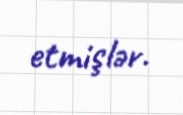
etmişlər.